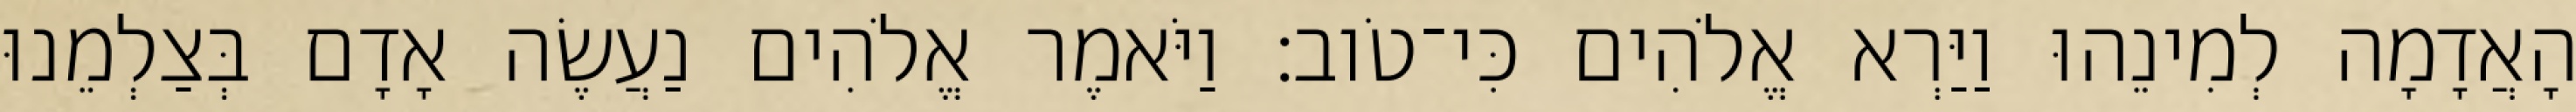
הָאֲדָמָה לְמִינֵהוּ וַיַּרְא אֱלֹהִים כִּי־טֹוב׃ וַיֹּאמֶר אֱלֹהִים נַעֲשֶׂה אָדָם בְּצַלְמֵנוּ